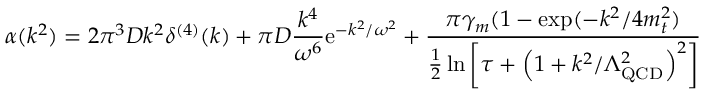
\alpha ( k ^ { 2 } ) = 2 \pi ^ { 3 } D k ^ { 2 } \delta ^ { ( 4 ) } ( k ) + \pi D \frac { k ^ { 4 } } { \omega ^ { 6 } } \mathrm { e } ^ { - k ^ { 2 } / \omega ^ { 2 } } + \frac { \pi \gamma _ { m } ( 1 - \exp ( - k ^ { 2 } / 4 m _ { t } ^ { 2 } ) } { \frac { 1 } { 2 } \ln \left[ \tau + \left( 1 + k ^ { 2 } / \Lambda _ { \mathrm { Q C D } } ^ { 2 } \right) ^ { 2 } \right] }